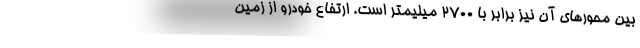
بین محورهای آن نیز برابر با 2700 میلیمتر است. ارتفاع خودرو از زمین